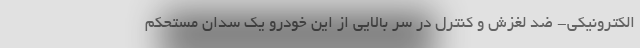
الکترونیکی- ضد لغزش و کنترل در سر بالایی از این خودرو یک سدان مستحکم